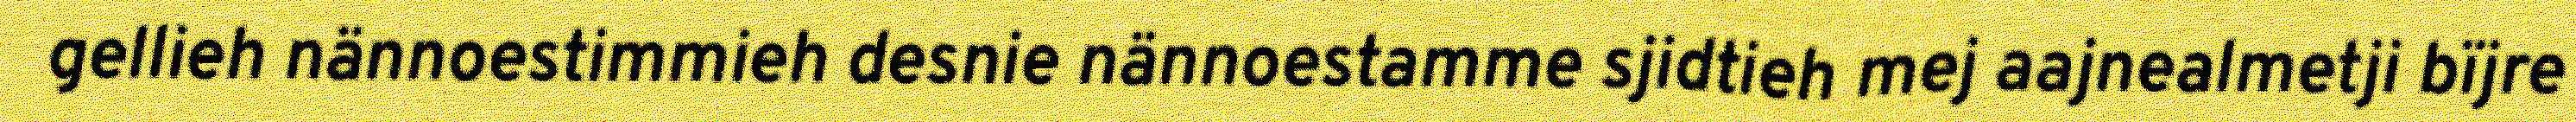
gellieh nännoestimmieh desnie nännoestamme sjidtieh mej aajnealmetji bïjre